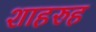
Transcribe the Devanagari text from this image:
शाहरुह